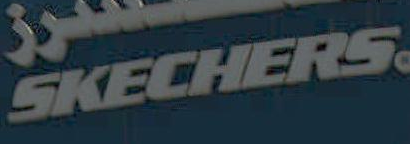
SKECHERS